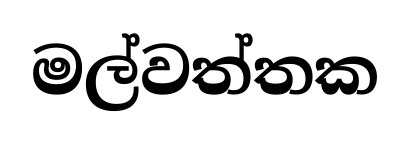
මල්වත්තක